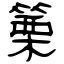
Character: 篥